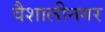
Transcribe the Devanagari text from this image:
वैशालीनगर